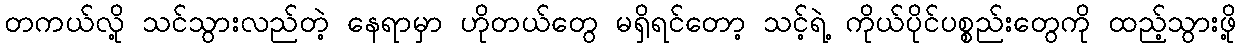
တကယ်လို့ သင်သွားလည်တဲ့ နေရာမှာ ဟိုတယ်တွေ မရှိရင်တော့ သင့်ရဲ့ ကိုယ်ပိုင်ပစ္စည်းတွေကို ထည့်သွားဖို့